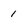
Character: 1